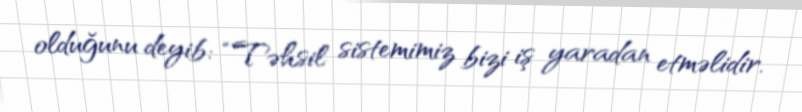
olduğunu deyib: “Təhsil sistemimiz bizi iş yaradan etməlidir.